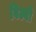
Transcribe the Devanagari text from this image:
विल्बी